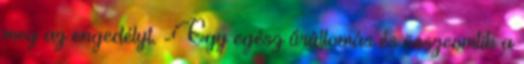
meg az engedélyt. -Egy egész űrállomás és összeomlik a